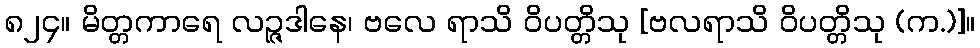
၈၂၄။ မိတ္တကာရေ လဉ္ဇဒါနေ၊ ဗလေ ရာသိ ဝိပတ္တိသု [ဗလရာသိ ဝိပတ္တိသု (က.)]။